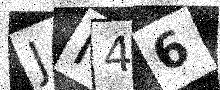
Text: JI46